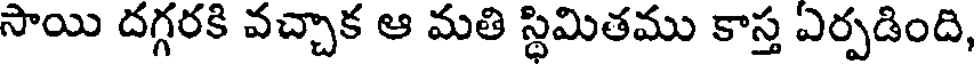
సాయి దగ్గరకి వచ్చాక ఆ మతి స్థిమితము కాస్త ఎర్పడింది,